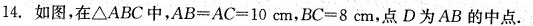
14.如图，在△ABC中，$$A B = A C = 1 0 c m$$，$$B C = 8 c m$$，点D为AB的中点.